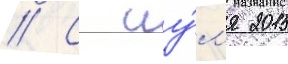
// С иу́л'я 2015